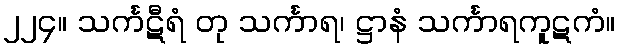
၂၂၄။ သင်္ကဋီရံ တု သင်္ကာရ၊ ဋ္ဌာနံ သင်္ကာရကူဋကံ။